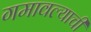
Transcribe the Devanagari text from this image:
गमावल्याची